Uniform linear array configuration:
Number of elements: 16
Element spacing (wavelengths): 0.75
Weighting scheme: cosine
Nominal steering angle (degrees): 45
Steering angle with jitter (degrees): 45.016
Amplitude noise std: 0.05
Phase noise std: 0.05

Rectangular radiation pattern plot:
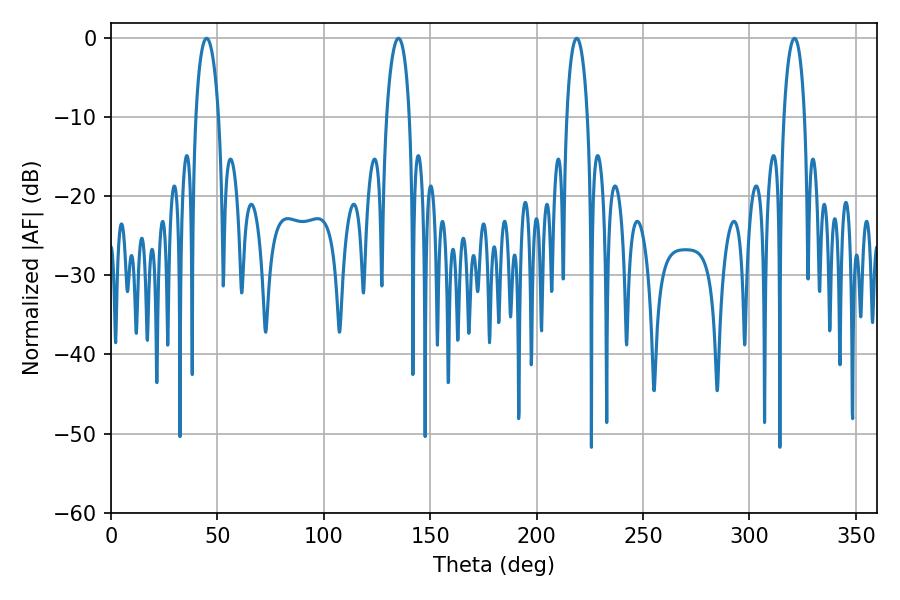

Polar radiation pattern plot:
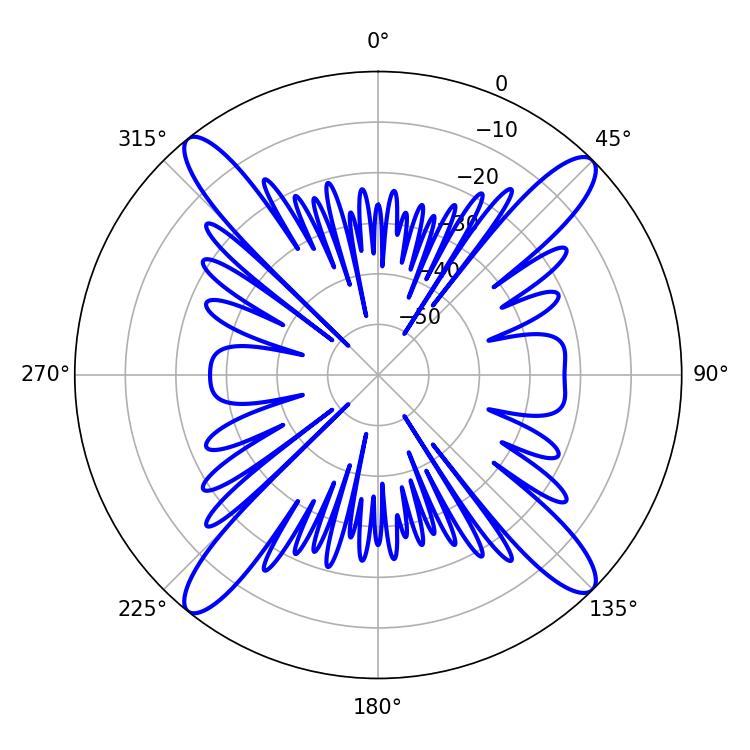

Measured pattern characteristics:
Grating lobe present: TRUE
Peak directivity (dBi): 17.857
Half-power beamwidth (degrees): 5.4
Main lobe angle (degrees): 218.88